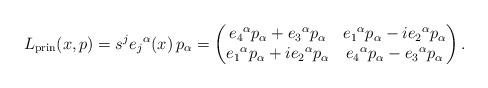
LaTeX: \begin{align*}L_\mathrm{prin}(x,p)=s^j e_j{}^\alpha(x)\,p_\alpha=\begin{pmatrix}e_4{}^\alpha p_\alpha+e_3{}^\alpha p_\alpha&e_1{}^\alpha p_\alpha-ie_2{}^\alpha p_\alpha\\e_1{}^\alpha p_\alpha+ie_2{}^\alpha p_\alpha&e_4{}^\alpha p_\alpha-e_3{}^\alpha p_\alpha\end{pmatrix}.\end{align*}